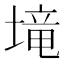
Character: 𡏡